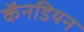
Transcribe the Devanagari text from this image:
कॅनडियन